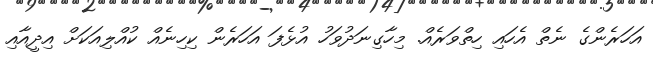
އަހަރެންގެ ނެތް އެހައި ހިތްވަރެއް. މިހާގިނަދުވަހު އުޅެފަ އަހަރެން ކިހިނެއް ކުއްލިއަކަށް އިދީއާއި